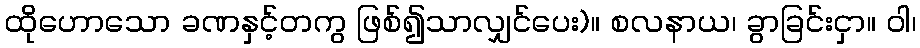
ထိုဟောသော ခဏနှင့်တကွ ဖြစ်၍သာလျှင်ပေး)။ စလနာယ၊ ခွာခြင်းငှာ။ ဝါ၊